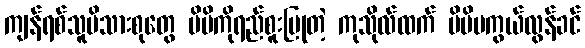
ကျန်ရစ်သူမိသားစုတွေ မိမိကိုရည်စူးပြုတဲ့ ကုသိုလ်ထက် မိမိမကွယ်လွန်ခင်